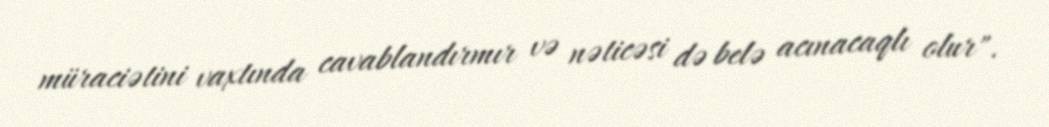
müraciətini vaxtında cavablandırmır və nəticəsi də belə acınacaqlı olur".